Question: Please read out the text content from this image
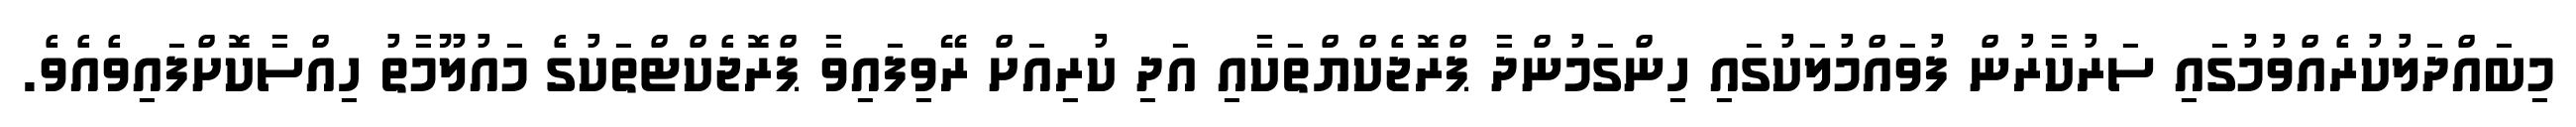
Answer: މިބައްދަލުކުރެއްވުމުގައި ސަރުކާރުން ފުވައްމުލަކުގައި ހިންގަމުންދާ ޕްރޮޖެކްޔްތަކާއި އަދި ކުރިއަށް ރޭވިފައިވާ ޕްރޮޖެކްޓްތަކުގެ މައުލޫމާތު ހިއްސާކޮށްފައިވެއެވެ.